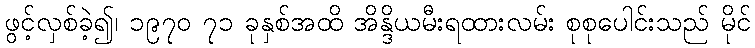
ဖွင့်လှစ်ခဲ့၍၊ ၁၉၇၀ ၇၁ ခုနှစ်အထိ အိန္ဒိယမီးရထားလမ်း စုစုပေါင်းသည် မိုင်